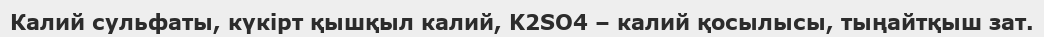
Калий сульфаты, күкірт қышқыл калий, K2SO4 – калий қосылысы, тыңайтқыш зат.